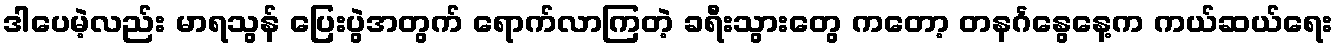
ဒါပေမဲ့လည်း မာရသွန် ပြေးပွဲအတွက် ရောက်လာကြတဲ့ ခရီးသွားတွေ ကတော့ တနင်္ဂနွေနေ့က ကယ်ဆယ်ရေး